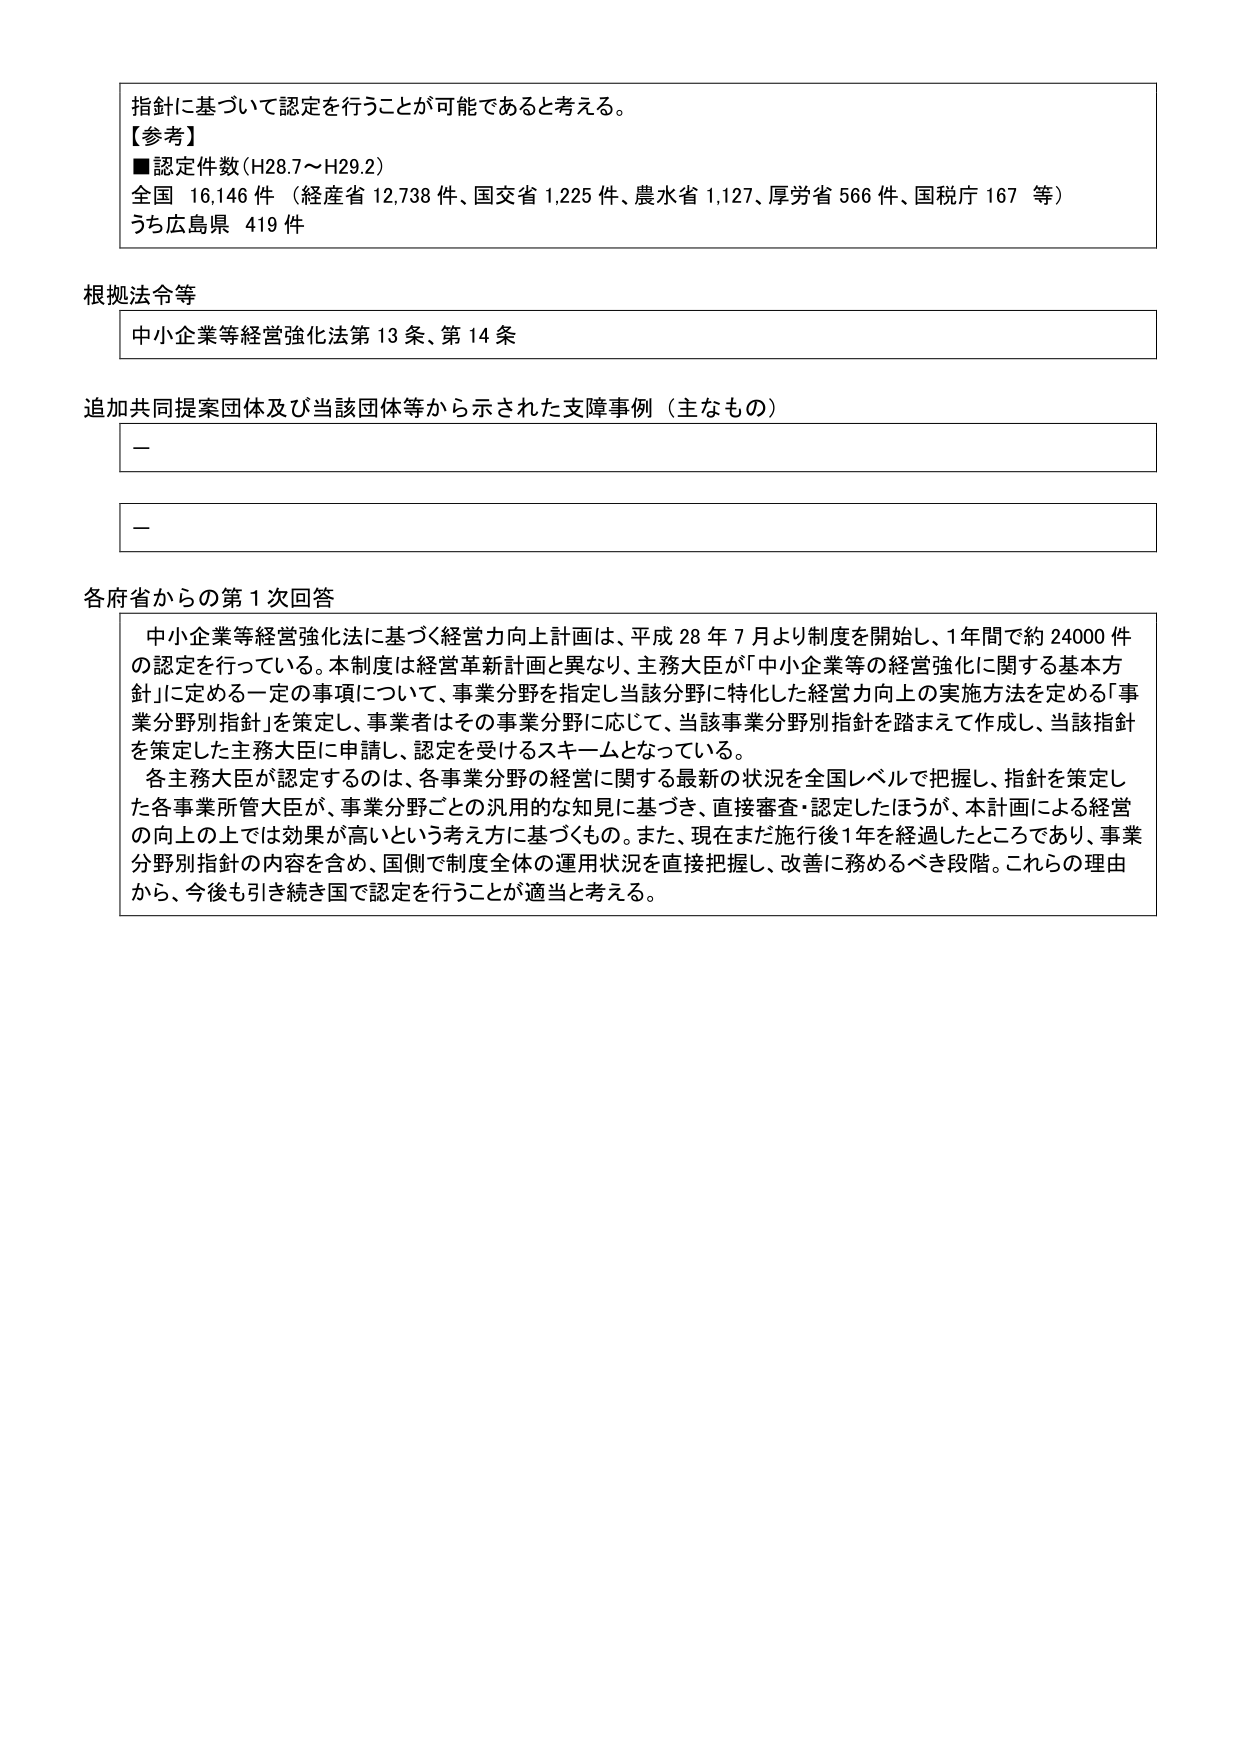
指針に基づいて認定を行うことが可能であると考える。
【参考】
■認定件数（H28.7～H29.2）
全国 16,146 件（経産省 12,738 件、国交省 1,225 件、農水省 1,127、厚労省 566 件、国税庁 167 等）
うち広島県 419 件

根拠法令等
中小企業等経営強化法第 13 条、第 14 条

追加共同提案団体及び当該団体等から示された支障事例（主なもの）
－
－

各府省からの第 1 次回答
中小企業等経営強化法に基づく経営力向上計画は、平成 28 年 7 月より制度を開始し、1年間で約 24000 件の認定を行っている。本制度は経営革新計画と異なり、主務大臣が「中小企業等の経営強化に関する基本方針」に定める一定の事項について、事業分野を指定し当該分野に特化した経営力向上の実施方法を定める「事業分野別指針」を策定し、事業者はその事業分野に応じて、当該事業分野別指針を踏まえて作成し、当該指針を策定した主務大臣に申請し、認定を受けるスキームとなっている。
各主務大臣が認定するのは、各事業分野の経営に関する最新の状況を全国レベルで把握し、指針を策定した各事業所管大臣が、事業分野ごとの汎用的な知見に基づき、直接審査・認定したほうが、本計画による経営の向上の上では効果が高いという考え方に基づくもの。また、現在まだ施行後1年を経過したところであり、事業分野別指針の内容を含め、国側で制度全体の運用状況を直接把握し、改善に務めるべき段階。これらの理由から、今後も引き続き国で認定を行うことが適当と考える。